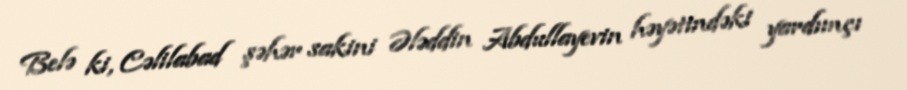
Belə ki, Cəlilabad şəhər sakini Ələddin Abdullayevin həyətindəki yardımçı